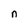
Character: n